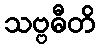
သဗ္ဗဓီတိ